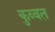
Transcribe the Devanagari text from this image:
कुव्‍वत